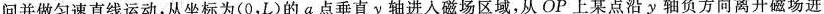
问并做匀速直线运动，从坐标为(0，L)的a点垂直y轴进入磁场区域，从OP上某点沿y轴负方向离开磁场进